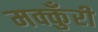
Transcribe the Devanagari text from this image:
मक्कुँरी